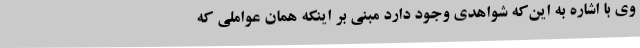
وی با اشاره به این‌که شواهدی وجود دارد مبنی بر اینکه همان عواملی که